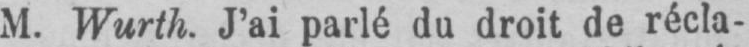
M. Wurth. J’ai parlé du droit de récla-